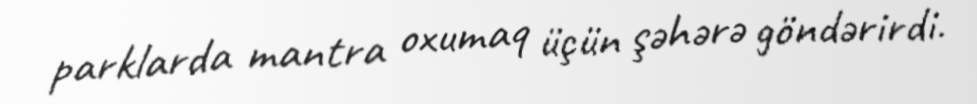
parklarda mantra oxumaq üçün şəhərə göndərirdi.